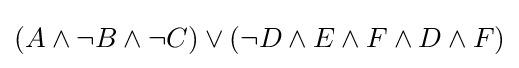
(A\land \neg B\land \neg C)\lor (\neg D\land E\land F\land D\land F)